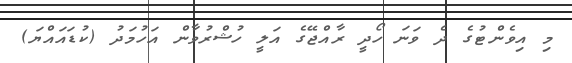
މި އިވެންޓުގެ ދެ ވަނަ ހޯދީ ރާއްޖޭގެ އަލީ ހުޝްރުވާން އަހުމަދު (ކުޑައައްޔަ)